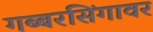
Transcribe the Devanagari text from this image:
गब्बरसिंगावर